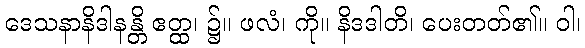
ဒေသနာနိဒါနန္တိ ဧတ္ထ၊ ၌။ ဖလံ၊ ကို။ နိဒဒါတိ၊ ပေးတတ်၏။ ဝါ၊